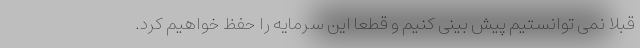
قبلا نمی توانستیم پیش بینی کنیم و قطعا این سرمایه را حفظ خواهیم کرد.